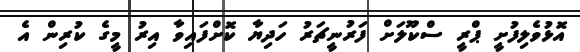
އޮޅުވެލިފުށީ ޕްރީ ސްކޫލަށް ފަރުނީޗަރު ހަދިޔާ ކޮށްފައިވާ އިރު މީގެ ކުރިން އެ